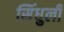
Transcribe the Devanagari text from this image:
सिंधुली